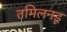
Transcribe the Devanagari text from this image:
तमिलनडू